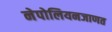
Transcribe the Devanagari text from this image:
नेपोलियनजाणत